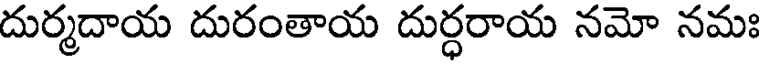
దుర్మదాయ దురంతాయ దుర్ధరాయ నమో నమః